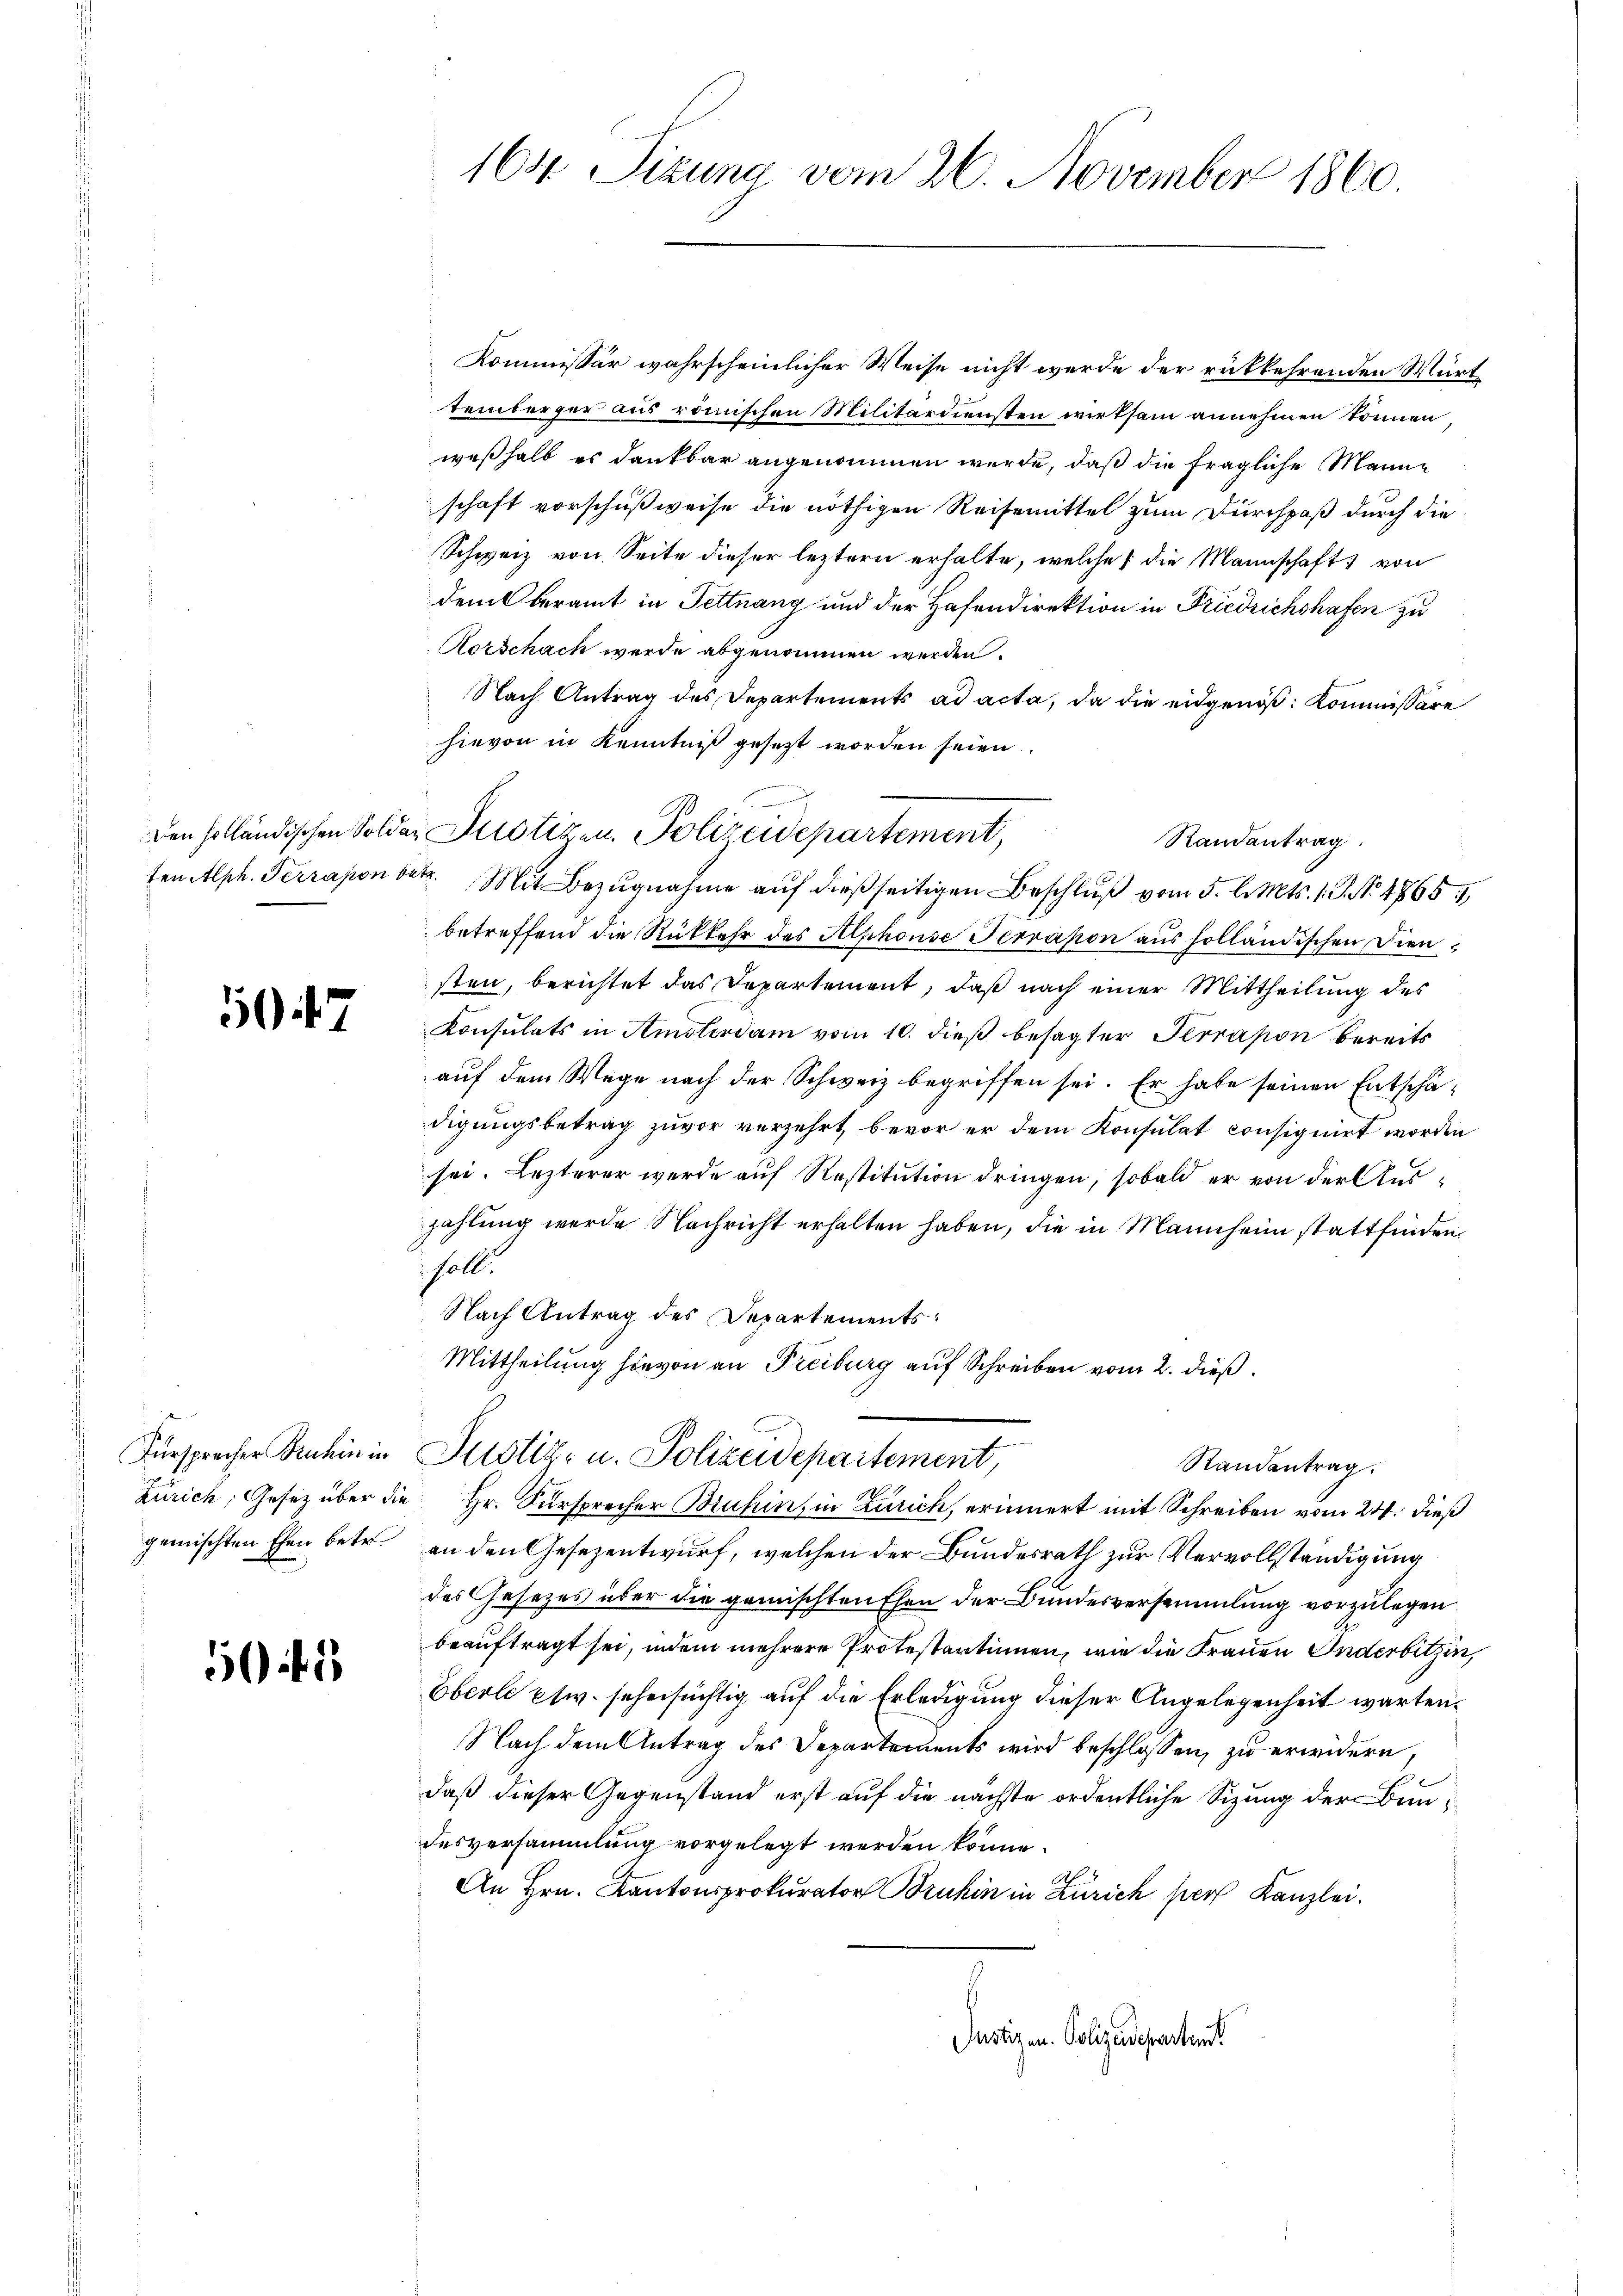
5047

s

5ff. 2

Kommissär wahrscheinlicher Weise nicht werde der rückkehrenden Württemberger aus römischen Militärdiensten wirksam annehmen können,
weßhalb es dankbar angenommen wurde, daß die fragliche Manne
schaft vorschußweise die nöthigen Reisemittel zum Durchpaß durch die
Schweiz von Seite dieser leztern erhalte, welche die Mannschaft von
dem beramt in Fettnang und der Hafendirektion in Friedrichshafen zu
Aorschach wurde abgenommen werden.
Nach Antrag des Departements ad acta, da die eidgenöß: Kommissäre
hievon in Kenntniß gesezt worden seien.
betreffend die Rückkehr des Alphonse Terrapon aus solländischen Diensten, berichtet das Departement, daß nach einer Mittheilung des
Konsulats in Amsterdam vom 10. dieß besagter Perrapon bereits
auf dem Wege nach der Schweiz begriffen sei. Er habe seinen Entschädigungsbetrag zuvor verzehrt, bevor er dem Konsulat consignirt worden
sei. Lezterer werde auf Restitution dringen, sobald er von der Auszahlung werde Nachricht erhalten haben, die in Mannheim stattfinden
soll.
Nach Antrag des Departements¬
Mittheilung hievon an Freiburg auf Schreiben vom 2. dieß
Fürsprecher Senhin in Justiz- u. Polizeidepartement,
Randantrag.
Zürich, Gesetz über die Hr. Sursprecher Bruhin, in Zürich, erinnert mit Schreiben vom 24. dieß
gemischten Ehen betr. an den Gesezentwurf, welchen der Bundesrath zur Vervollständigung
des Gesezes über die gemischten Ehen der Bundesversammlung vorzulegen.
beauftragt sei, indem mehrere Protestantinnen, wie die Frauen Inderbitzin,
Eberle etw. sehensüchtig auf die Erledigung dieser Angelegenheit warten¬
Nach dem Antrag des Departements wird beschlossen, zu erwidern,
daß dieser Gegenstand erst auf die nächste ordentliche Sizung der Bundesversammlung vorgelegt werden könne.
An Hrn. Kantonsprokurator Bruhin in Zürich per Kanzlei.
Justizen. Polizeidepartent

164. Sizung vom 26. November 1860.

Den Holländischen Solder Justizen. Polizeidepartement,
ten Alph. Terrapon betr. Mit Bezugnahme auf dießseitigen Beschluß vom 5. d. Mts. 1. P. No 4765. 1

Randantrag.